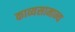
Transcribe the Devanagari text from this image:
काव्यसामान्य